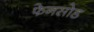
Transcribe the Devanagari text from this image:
फेनसोड